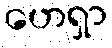
ဟေရှာ